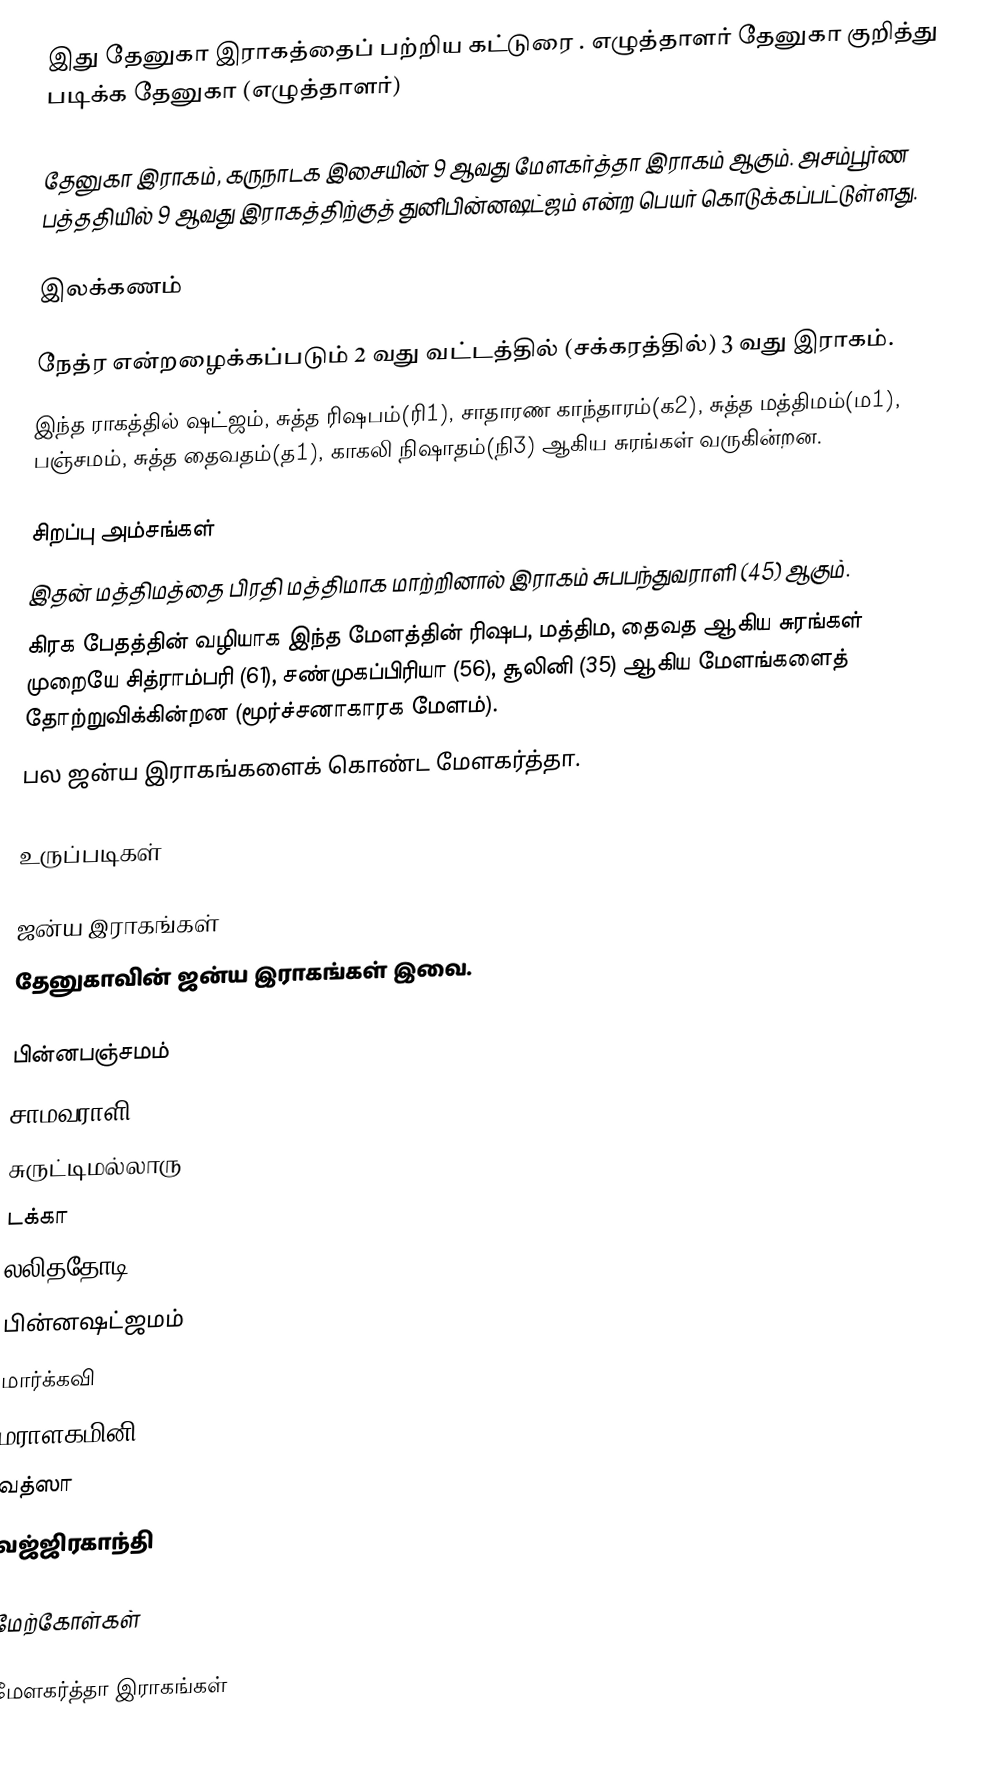
இது தேனுகா இராகத்தைப் பற்றிய கட்டுரை . எழுத்தாளர் தேனுகா குறித்து படிக்க தேனுகா (எழுத்தாளர்)

தேனுகா இராகம், கருநாடக இசையின் 9 ஆவது மேளகர்த்தா இராகம் ஆகும். அசம்பூர்ண பத்ததியில் 9 ஆவது இராகத்திற்குத் துனிபின்னஷட்ஜம் என்ற பெயர் கொடுக்கப்பட்டுள்ளது.

இலக்கணம்

 நேத்ர என்றழைக்கப்படும் 2 வது வட்டத்தில் (சக்கரத்தில்) 3 வது இராகம்.
 இந்த ராகத்தில் ஷட்ஜம், சுத்த ரிஷபம்(ரி1), சாதாரண காந்தாரம்(க2), சுத்த மத்திமம்(ம1), பஞ்சமம், சுத்த தைவதம்(த1), காகலி நிஷாதம்(நி3) ஆகிய சுரங்கள் வருகின்றன.

சிறப்பு அம்சங்கள்
 இதன் மத்திமத்தை பிரதி மத்திமாக மாற்றினால் இராகம் சுபபந்துவராளி (45) ஆகும்.
 கிரக பேதத்தின் வழியாக இந்த மேளத்தின் ரிஷப, மத்திம, தைவத ஆகிய சுரங்கள் முறையே சித்ராம்பரி (61), சண்முகப்பிரியா (56), சூலினி (35) ஆகிய மேளங்களைத் தோற்றுவிக்கின்றன (மூர்ச்சனாகாரக மேளம்).
 பல ஜன்ய இராகங்களைக் கொண்ட மேளகர்த்தா.

உருப்படிகள்

ஜன்ய இராகங்கள்
தேனுகாவின் ஜன்ய இராகங்கள் இவை.

 பின்னபஞ்சமம்
 சாமவராளி
 சுருட்டிமல்லாரு
 டக்கா
 லலிததோடி
 பின்னஷட்ஜமம்
 மார்க்கவி
 மராளகமினி
 வத்ஸா
 வஜ்ஜிரகாந்தி

மேற்கோள்கள்

மேளகர்த்தா இராகங்கள்